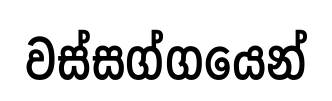
වස්සග්ගයෙන්